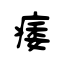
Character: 痿